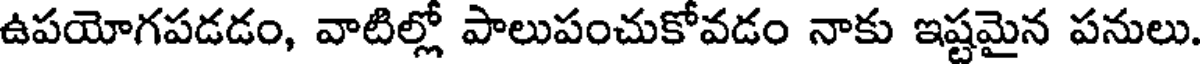
ఉపయోగపడడం, వాటిల్లో పాలుపంచుకోవడం నాకు ఇష్టమైన పనులు